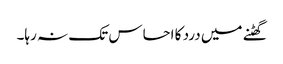
گھٹنے میں درد کا احساس تک نہ رہا۔